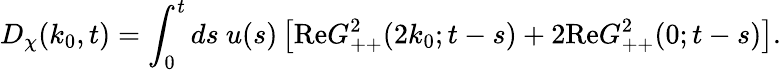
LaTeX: D_{\chi}(k_{0},t)=\int_{0}^{t}ds~u(s)\left[\mathrm{Re}G_{++}^{2}(2k_{0};t-s)+2\mathrm{Re}G_{++}^{2}(0;t-s)\right].